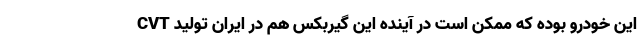
CVT این خودرو بوده که ممکن است در آینده این گیربکس هم در ایران تولید